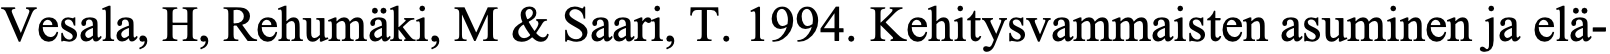
Vesala, H, Rehumäki, M & Saari, T. 1994. Kehitysvammaisten asuminen ja elä-